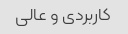
کاربردی و عالی